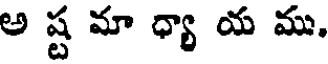
అ ష్ట మా ధ్యా య ము,